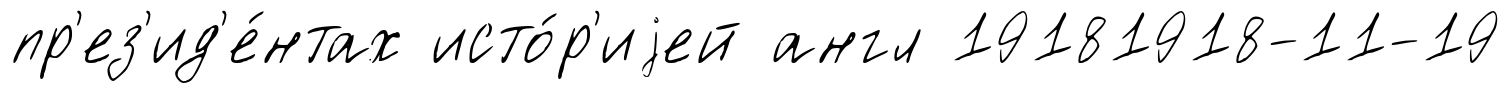
пр'ез'ид'е́нтах исто́р'иjей англ 19181918-11-19